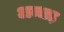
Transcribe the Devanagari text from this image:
अन्धड़